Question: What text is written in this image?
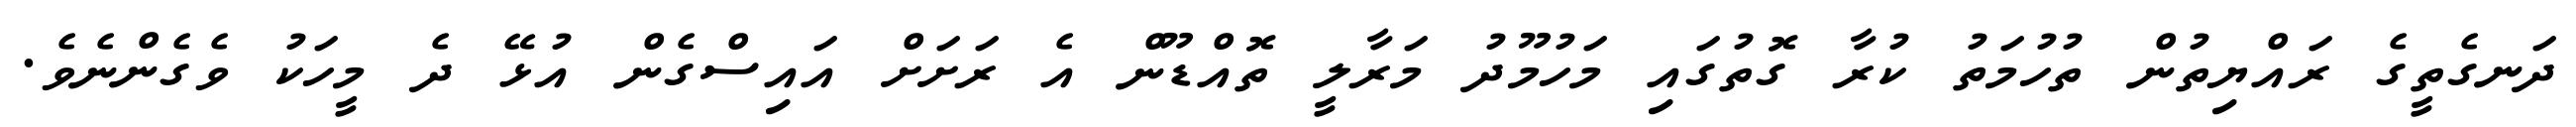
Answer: ދަނގެތީގެ ރައްޔިތުން ތުހުމަތު ކުރާ ގޮތުގައި މަހުމޫދު މަރާލީ ތޮއްޑޫން އެ ރަށަށް އައިސްގެން އުޅޭ ދެ މީހަކު ވެގެންނެވެ.